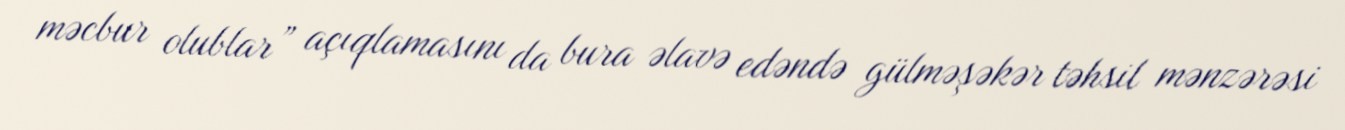
məcbur olublar” açıqlamasını da bura əlavə edəndə gülməşəkər təhsil mənzərəsi